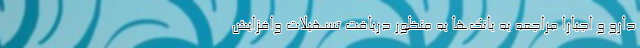
دارو و اجباراً مراجعه به بانک‌ها به منظور دریافت تسهیلات وافزایش